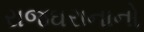
રાજઘરાનાનો